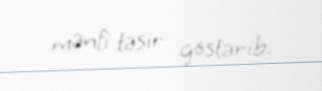
mənfi təsir göstərib.